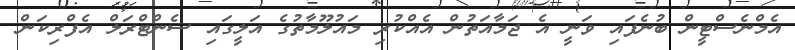
އެމްނެސްޓީން ބުނެފައި ވަނީ އެ ޖަމާއަތުން އެއްކުރި މައުލޫމާތުގެ އަލީގައި ސެންޓްރަލް އެފްރިކަން